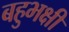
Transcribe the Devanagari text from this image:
बहुभक्षी